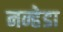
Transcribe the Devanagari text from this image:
नन्हेडा